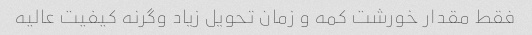
فقط مقدار خورشت کمه و زمان تحویل زیاد وگرنه کیفیت عالیه